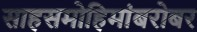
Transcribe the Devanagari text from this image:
साहसमोहिमांबरोबर